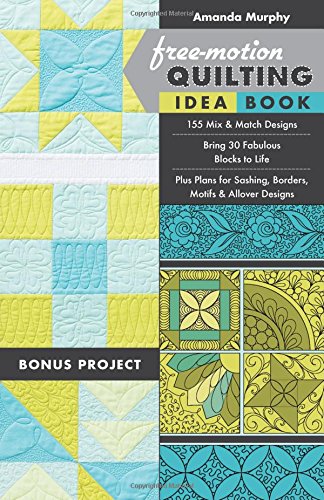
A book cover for Free-Motion Quilting Idea Book:  155 Mix & Match DesignsÂ  Bring 30 Fabulous Blocks to LifeÂ  Plus Plans for Sashing, Borders, Motifs & Allover Designs; Amanda Murphy; Crafts, Hobbies & Home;